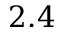
2 . 4